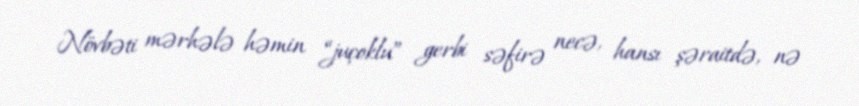
Növbəti mərhələ həmin “juçoklu” gerbi səfirə necə, hansı şəraitdə, nə